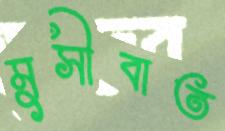
মুসীবাত